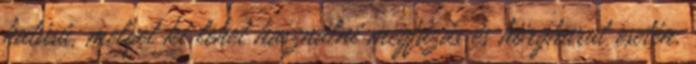
hatású, melyet ki lehet használni megfázás és hörghurut esetén.